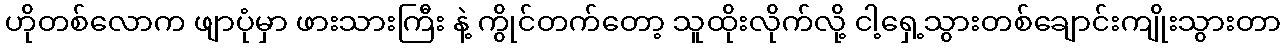
ဟိုတစ်လောက ဖျာပုံမှာ ဖားသားကြီး နဲ့ ကွိုင်တက်တော့ သူထိုးလိုက်လို့ ငါ့ရှေ့သွားတစ်ချောင်းကျိုးသွားတာ